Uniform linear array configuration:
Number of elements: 24
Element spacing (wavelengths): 0.5
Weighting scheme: exponential
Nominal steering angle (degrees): -15
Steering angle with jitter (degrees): -15.887
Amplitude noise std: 0.05
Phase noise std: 0.05

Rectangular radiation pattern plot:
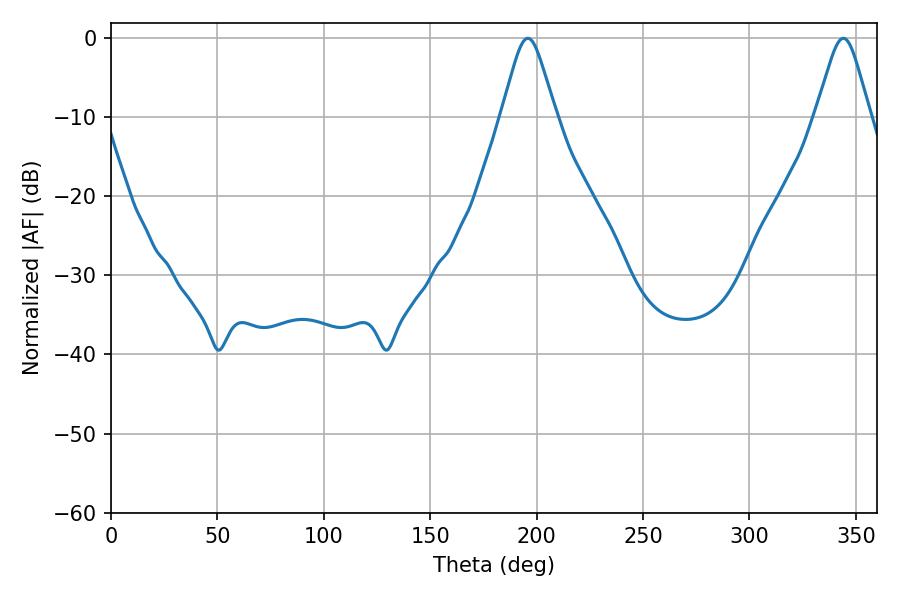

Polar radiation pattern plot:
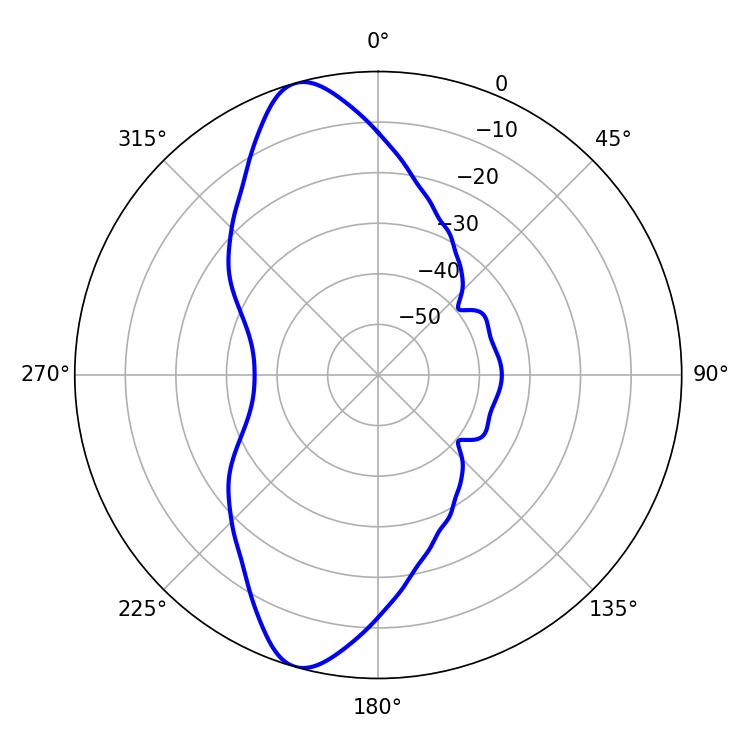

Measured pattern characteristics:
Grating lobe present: FALSE
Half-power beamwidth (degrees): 12.06
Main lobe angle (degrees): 195.84